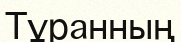
Тұранның